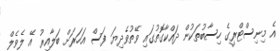
އެ މިނިސްޓްރީގެ ހިސާބުތަކުން ދައްކާގޮތުގައި ވޭތުވެދިޔަ ފަސް އަހަރަށް ބަލާއިރު އޭ ލެވެލް